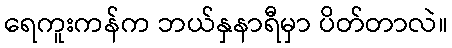
ရေကူးကန်က ဘယ်နှနာရီမှာ ပိတ်တာလဲ။